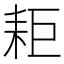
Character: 耟